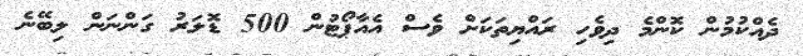
ދެއްކުމުން ކޮންމެ ދިވެހި ރައްޔިތަކަށް ވެސް އެއާޕޯޓުން 500 ޑޮލަރު ގަންނަން ލިބޭނެ